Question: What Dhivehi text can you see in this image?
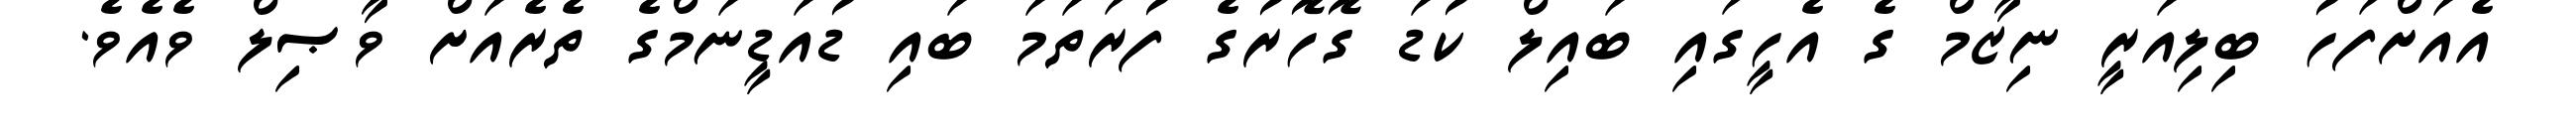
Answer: އެއަށްފަހު ބިލިއަރީ ނިޒާމް ގެ އެހީގައި ބައިލް ކުޑަ ގޮހޮރުގެ ފުރަތަމަ ބައި ޑުއަޑީނަމްގެ ތެރެއަށް ވާޞިލް ވެއެވެ.